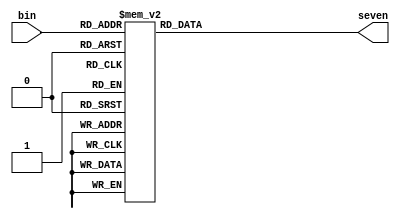
module binary_to_DEC_segment(bin,seven);	
input [3:0] bin;
output reg [6:0] seven; //Assume MSB is A, and LSB is G	

initial	//Initial block, used for correct simulations	
	seven=0;

always @ (*)
	case(bin)	
		0:	seven = 7'b0000001;
		1:	seven = 7'b1001111;
		2: seven = 7'b0010010;
		3: seven = 7'b0000110;
		4: seven = 7'b1001100;
		5: seven = 7'b0100100;
		6: seven = 7'b0100000;
		7: seven = 7'b0001111;
		8: seven = 7'b0000000;
		9: seven = 7'b0000100;
		//remember 0 means "light-up"
		default: seven = 7'b1111111; //Something here - all off?
	endcase
endmodule